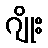
ဂျိုး